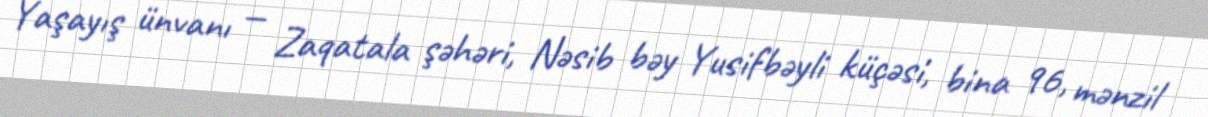
Yaşayış ünvanı — Zaqatala şəhəri, Nəsib bəy Yusifbəyli küçəsi, bina 96, mənzil